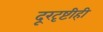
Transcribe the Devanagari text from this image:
दूरदृष्टीही